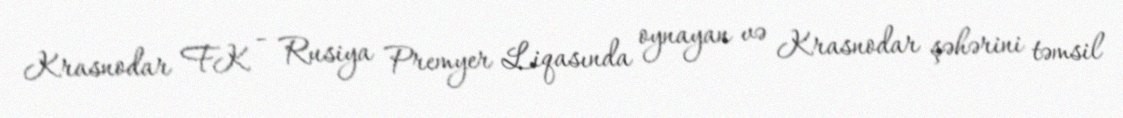
Krasnodar FK - Rusiya Premyer Liqasında oynayan və Krasnodar şəhərini təmsil